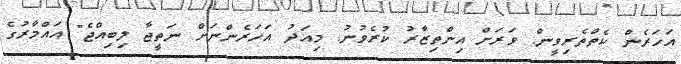
އަހަރެން ކެތްތެރިވީން. ވަރަށް އިންތިޒާރު ކުރެވުނު. މިއަދު އަހަރެންނަށް ނަތީޖާ ލިބިއްޖެ" އައްމާރުގެ